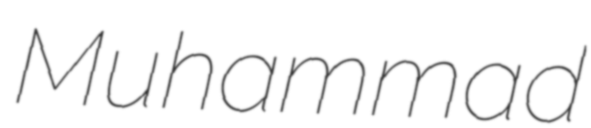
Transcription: Muhammad